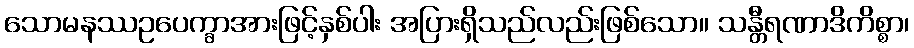
သောမနဿဥပေက္ခာအားဖြင့်နှစ်ပါး အပြားရှိသည်လည်းဖြစ်သော။ သန္တီရဏာဒိကိစ္စာ၊